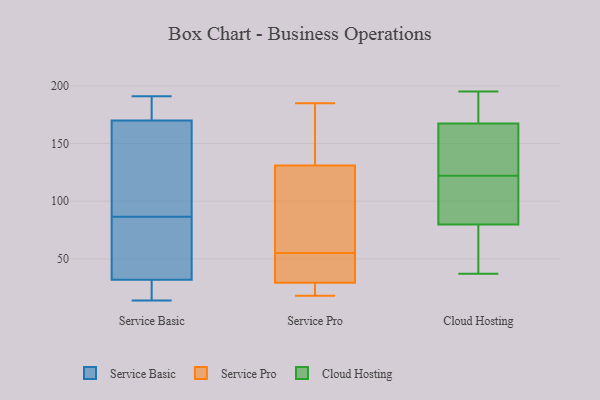
{"axis": {"x": "Headcount", "y": "Value"}, "legend": ["Cloud Hosting", "Service Basic", "Service Pro"], "data": [{"x": "", "y": 39, "type": "Service Basic"}, {"x": "", "y": 170, "type": "Service Basic"}, {"x": "", "y": 57, "type": "Service Basic"}, {"x": "", "y": 71, "type": "Service Basic"}, {"x": "", "y": 48, "type": "Service Basic"}, {"x": "", "y": 32, "type": "Service Basic"}, {"x": "", "y": 191, "type": "Service Basic"}, {"x": "", "y": 140, "type": "Service Basic"}, {"x": "", "y": 102, "type": "Service Basic"}, {"x": "", "y": 23, "type": "Service Basic"}, {"x": "", "y": 176, "type": "Service Basic"}, {"x": "", "y": 133, "type": "Service Basic"}, {"x": "", "y": 174, "type": "Service Basic"}, {"x": "", "y": 148, "type": "Service Basic"}, {"x": "", "y": 14, "type": "Service Basic"}, {"x": "", "y": 26, "type": "Service Basic"}, {"x": "", "y": 19, "type": "Service Basic"}, {"x": "", "y": 184, "type": "Service Basic"}, {"x": "", "y": 29, "type": "Service Pro"}, {"x": "", "y": 52, "type": "Service Pro"}, {"x": "", "y": 30, "type": "Service Pro"}, {"x": "", "y": 55, "type": "Service Pro"}, {"x": "", "y": 18, "type": "Service Pro"}, {"x": "", "y": 113, "type": "Service Pro"}, {"x": "", "y": 145, "type": "Service Pro"}, {"x": "", "y": 107, "type": "Service Pro"}, {"x": "", "y": 185, "type": "Service Pro"}, {"x": "", "y": 24, "type": "Service Pro"}, {"x": "", "y": 173, "type": "Service Pro"}, {"x": "", "y": 38, "type": "Service Pro"}, {"x": "", "y": 29, "type": "Service Pro"}, {"x": "", "y": 137, "type": "Service Pro"}, {"x": "", "y": 70, "type": "Service Pro"}, {"x": "", "y": 94, "type": "Cloud Hosting"}, {"x": "", "y": 182, "type": "Cloud Hosting"}, {"x": "", "y": 95, "type": "Cloud Hosting"}, {"x": "", "y": 95, "type": "Cloud Hosting"}, {"x": "", "y": 122, "type": "Cloud Hosting"}, {"x": "", "y": 37, "type": "Cloud Hosting"}, {"x": "", "y": 172, "type": "Cloud Hosting"}, {"x": "", "y": 161, "type": "Cloud Hosting"}, {"x": "", "y": 158, "type": "Cloud Hosting"}, {"x": "", "y": 82, "type": "Cloud Hosting"}, {"x": "", "y": 42, "type": "Cloud Hosting"}, {"x": "", "y": 162, "type": "Cloud Hosting"}, {"x": "", "y": 61, "type": "Cloud Hosting"}, {"x": "", "y": 79, "type": "Cloud Hosting"}, {"x": "", "y": 128, "type": "Cloud Hosting"}, {"x": "", "y": 195, "type": "Cloud Hosting"}, {"x": "", "y": 169, "type": "Cloud Hosting"}, {"x": "", "y": 79, "type": "Cloud Hosting"}, {"x": "", "y": 177, "type": "Cloud Hosting"}]}